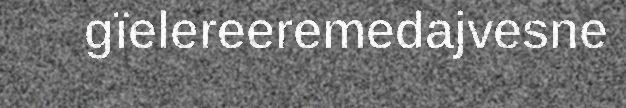
gïelereeremedajvesne